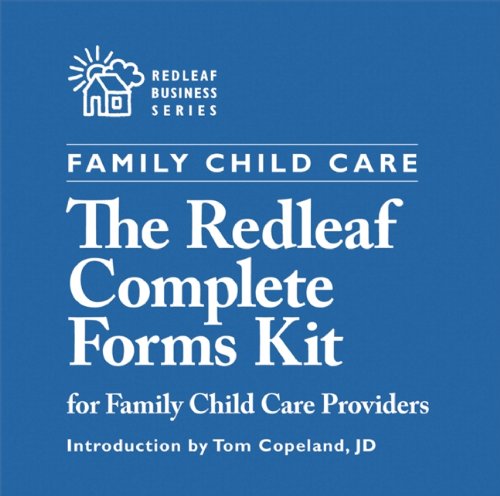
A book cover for The Redleaf Complete Forms Kit for Family Child Care Professionals (Redleaf Business Series); Business & Money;